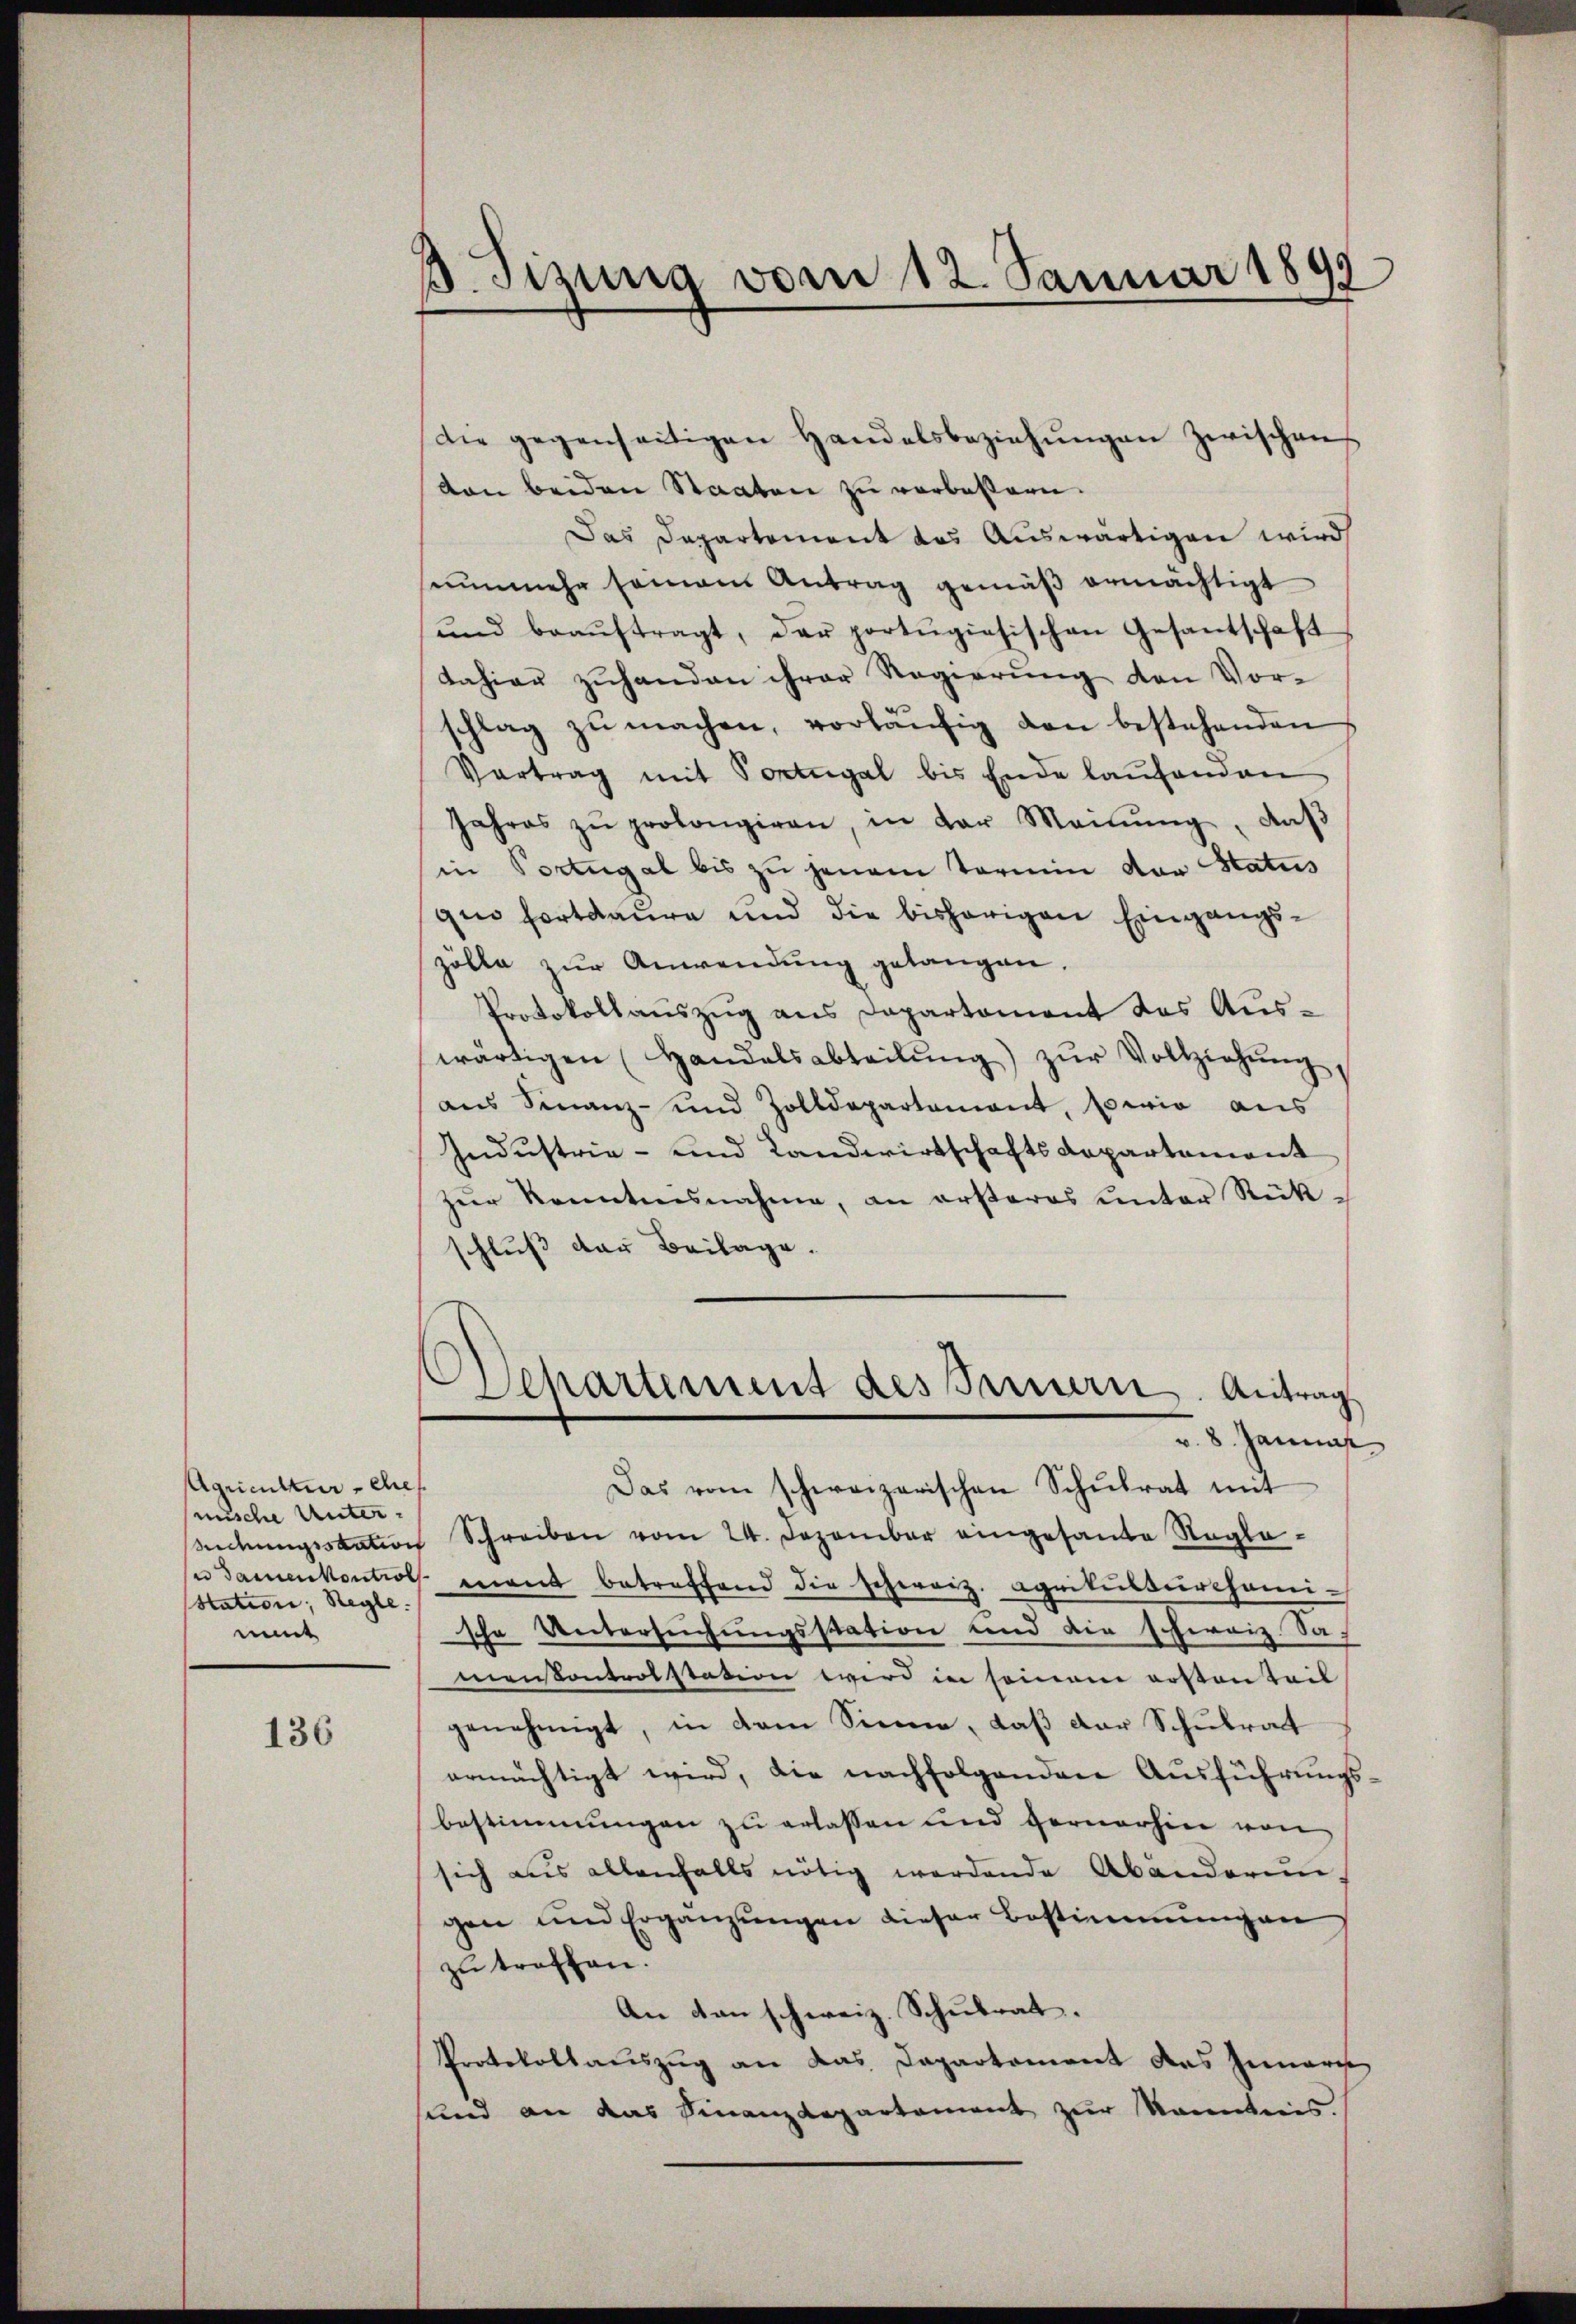
Agricultur - ehes.
mische Unter¬
Station, Regle
mmt

136

B. Tizung vom 12. Januar 1899

Die gegenseitigen Handelsbeziehŭngen zwischen
ton beiden Staaten zu verbessern.
Das Departement das Auswärtigen wird
senmehr semann Antrag gemäß ermächtigt
ŭnd beaŭftragt, der portŭgiesischen Gesantschaft
dahier zuhanden ihrer Regierung den Vorschlag zŭ machen, vorläŭfig von bestehenden
Vertrag mit Portugal bis Ende laŭfenden
Jahres zŭ prolongiren, in der Meinŭng, daβ
in Portugal bis zu jenem Termin der Status
quo fortdaure und die bisherigen Eingangszölle zur Anwendung gelangen.
Protokollauszug aus Departament das Auswärtigen (Handelsabteilŭng zŭr Vollziehŭng,
aus Finanz- und Zolldepartement, sowie aus
Industrie- und Landwirtschaftsdepartement
zur Kenntnisnahme, an ersteres unter Rückschluß der Beilage.
Departement des Seinern. Antrag
v. 8. Januar
Das vom schweizerischen Schŭlrat mit
ichungsstation Schreiben vom 24. Dezember eingesante Nagla-
se Samenkontroll mant betreffend die schweiz. Agrikŭlsŭrchami-
sche Untersuchungsstation und die schereiz Sac
menkontrolstation wird in seinem ersten Teil
genehmigt, in dem Sinne, daß der Schulrat
ermächtigt wird, die nachfolgenden Ausführungsbestimmungen zu erlassen und vernerhin von
sich aus allenfalls nötig werdende Abänderun-
gen und Ergänzŭngen dieser Bestimmungen
zu treffen.
An den schweiz. Schulrat.
Protokollauszug an das Dapartement das Inneris
sund an das Finanzdepartement zur Kenntnis.